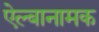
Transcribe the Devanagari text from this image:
ऐल्बानामक